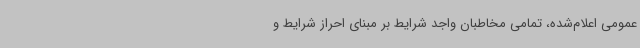
عمومی اعلام‌شده، تمامی مخاطبان واجد شرایط بر مبنای احراز شرایط و